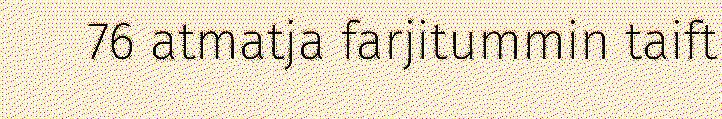
76 atmatja farjitummin taift